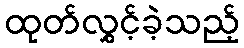
ထုတ်လွှင့်ခဲ့သည့်